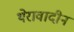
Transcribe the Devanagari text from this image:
थेरावादीन